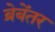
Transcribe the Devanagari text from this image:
ब्रेबेंतर